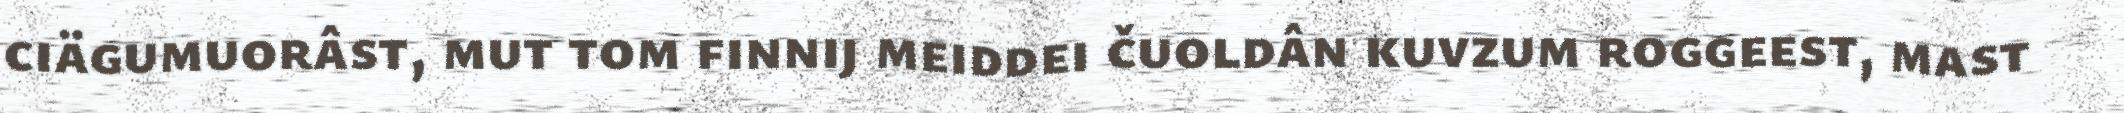
ciägumuorâst, mut tom finnij meiddei čuoldân kuvzum roggeest, mast